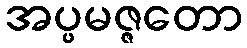
အပ္ပမဇ္ဇတော